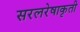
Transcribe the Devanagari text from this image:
सरलरेषाकृती